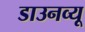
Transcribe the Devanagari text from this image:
डाउनव्यू